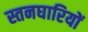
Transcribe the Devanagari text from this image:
स्तनघारियों